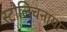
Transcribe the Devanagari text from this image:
स्टौलिचनाया